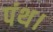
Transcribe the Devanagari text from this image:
पंथ।